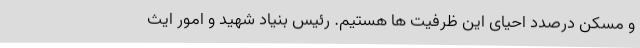
و مسکن درصدد احیای این ظرفیت ها هستیم. رئیس بنیاد شهید و امور ایث